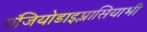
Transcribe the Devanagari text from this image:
एंजियोडाइप्लासियाभी